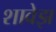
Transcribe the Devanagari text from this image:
शावेझ